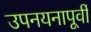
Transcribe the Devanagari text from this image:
उपनयनापूर्वी